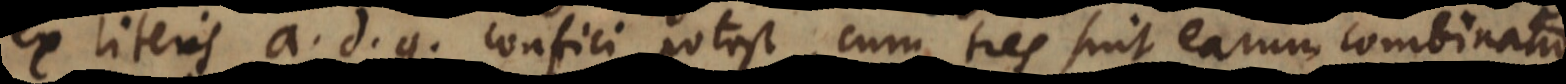
ex literis a, d, g confici potest, cum tres sint earum combinationes